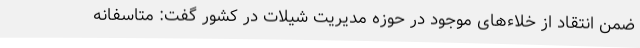
ضمن انتقاد از خلاءهای موجود در حوزه مدیریت شیلات در کشور گفت: متاسفانه